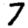
Digit: 7